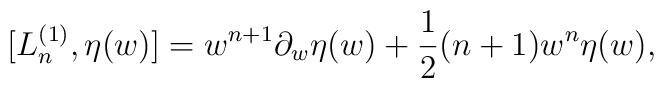
[L^{(1)}_{n},\eta(w)]=w^{n+1}\partial_{w}\eta(w)+\frac{1}{2}(n+1)w^{n}\eta(w),